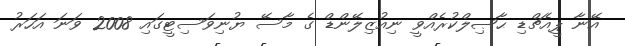
އޭނާ ޕީއެޗްޑި ޙާޞިލްކުރެއްވީ ނިއުޒިލޭންޑް ގެ މާސޭ ޔުނިވަސިޓީގައި 2008 ވަނަ އަހަރު